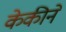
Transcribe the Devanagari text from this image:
केकीने